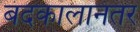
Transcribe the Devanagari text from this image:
बंदकालानंतर